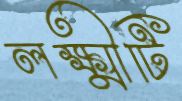
লক্ষ্মীটি